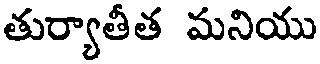
తుర్యాతీత మనియు